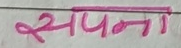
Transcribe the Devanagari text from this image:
सपना